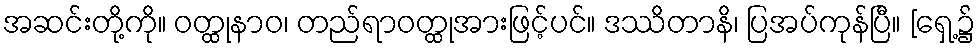
အဆင်းတို့ကို။ ဝတ္ထုနာဝ၊ တည်ရာဝတ္ထုအားဖြင့်ပင်။ ဒဿိတာနိ၊ ပြအပ်ကုန်ပြီ။ [ရှေ့၌